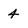
Character: 4